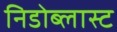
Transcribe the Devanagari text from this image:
निडोब्लास्ट